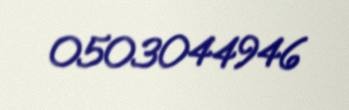
0503044946